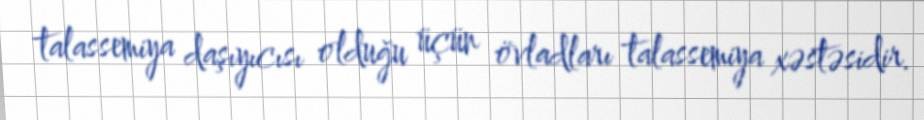
talassemiya daşıyıcısı olduğu üçün övladları talassemiya xəstəsidir.